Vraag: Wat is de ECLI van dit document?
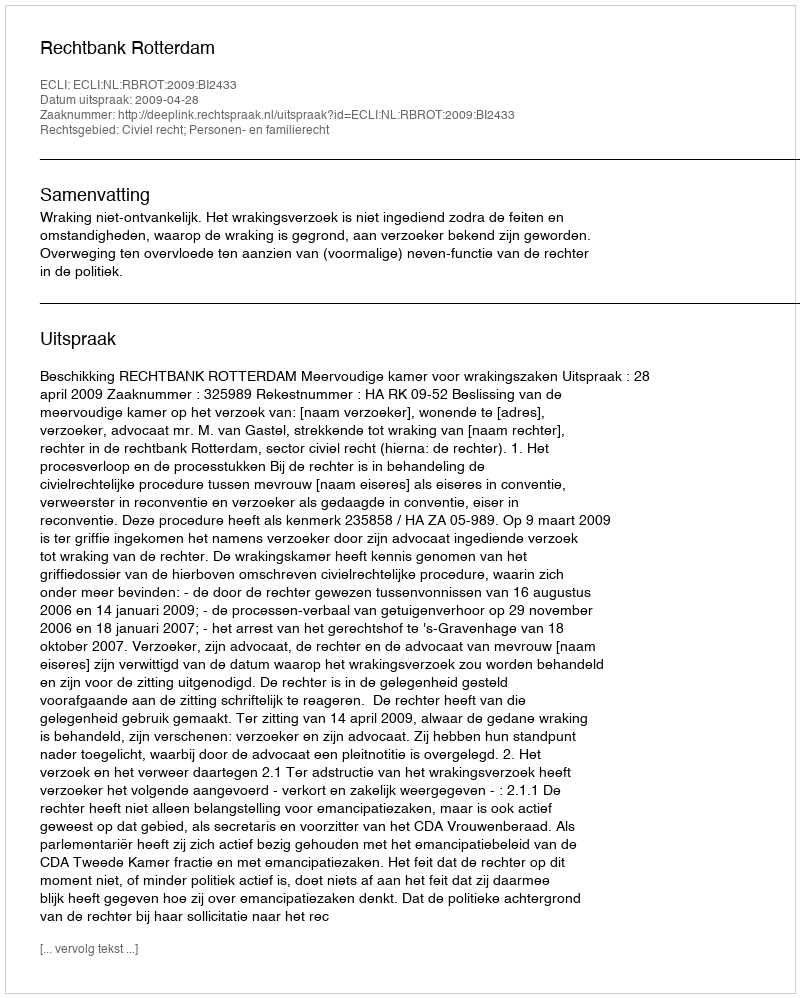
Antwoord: ECLI:NL:RBROT:2009:BI2433